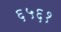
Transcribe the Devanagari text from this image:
६५६१